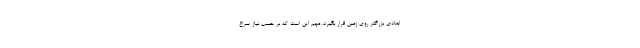
ابعادی بزرگتر روی زمین قرار بگیرد. مهم این است که بر حسب نیاز سراغ